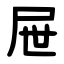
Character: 屉